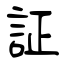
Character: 証